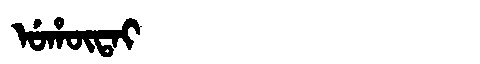
Manchu: ᡠᡥᡡᡨᠠᡳ
Romanization: UHŪTAI